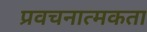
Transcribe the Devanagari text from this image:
प्रवचनात्मकता